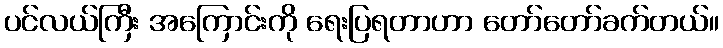
ပင်လယ်ကြီး အကြောင်းကို ရေးပြရတာဟာ တော်တော်ခက်တယ်။